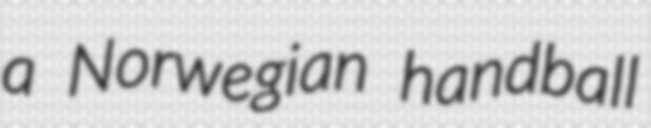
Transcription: a Norwegian handball